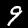
Digit: 9